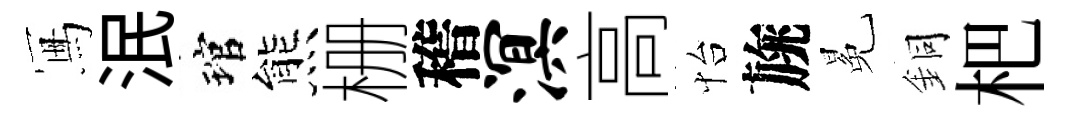
冩泯琯熊栅稽溟高怡旐冕銅杷